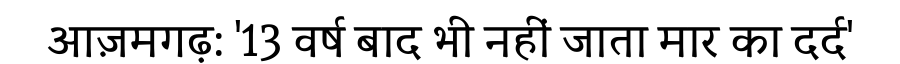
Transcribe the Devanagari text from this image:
आज़मगढ़: '13 वर्ष बाद भी नहीं जाता मार का दर्द'